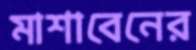
মাশাবেনের